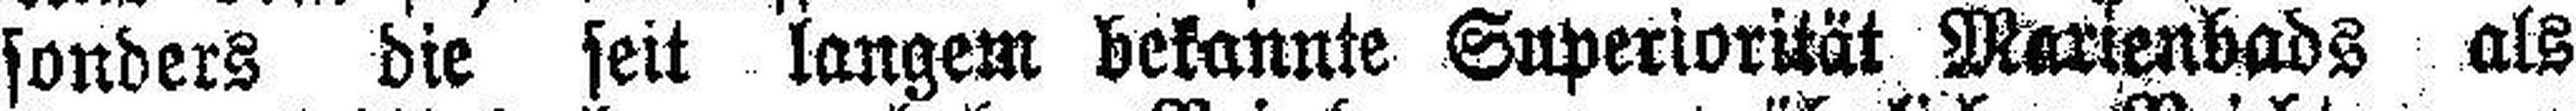
sonders die seit langem bekannte Superiorität Marienbads als